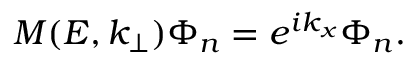
M ( E , k _ { \bot } ) \Phi _ { n } = e ^ { i k _ { x } } \Phi _ { n } .